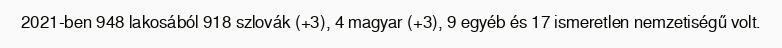
2021-ben 948 lakosából 918 szlovák (+3), 4 magyar (+3), 9 egyéb és 17 ismeretlen nemzetiségű volt.